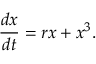
{ \frac { d x } { d t } } = r x + x ^ { 3 } .